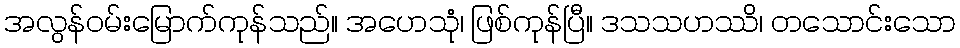
အလွန်ဝမ်းမြောက်ကုန်သည်။ အဟေသုံ၊ ဖြစ်ကုန်ပြီ။ ဒသသဟဿိ၊ တသောင်းသော